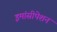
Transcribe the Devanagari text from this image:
इमांसीपेशन